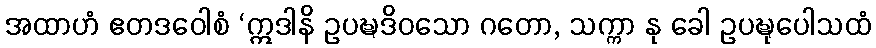
အထာဟံ ဧတဒဝေါစံ ‘ဣဒါနိ ဥပဍ္ဎဒိဝသော ဂတော, သက္ကာ နု ခေါ ဥပဍ္ဎုပေါသထံ